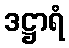
ဒဋ္ဌာရံ